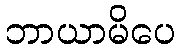
ဘာယာမိပေ